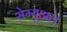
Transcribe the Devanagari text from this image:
सेम्यूअल